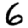
Digit: 6